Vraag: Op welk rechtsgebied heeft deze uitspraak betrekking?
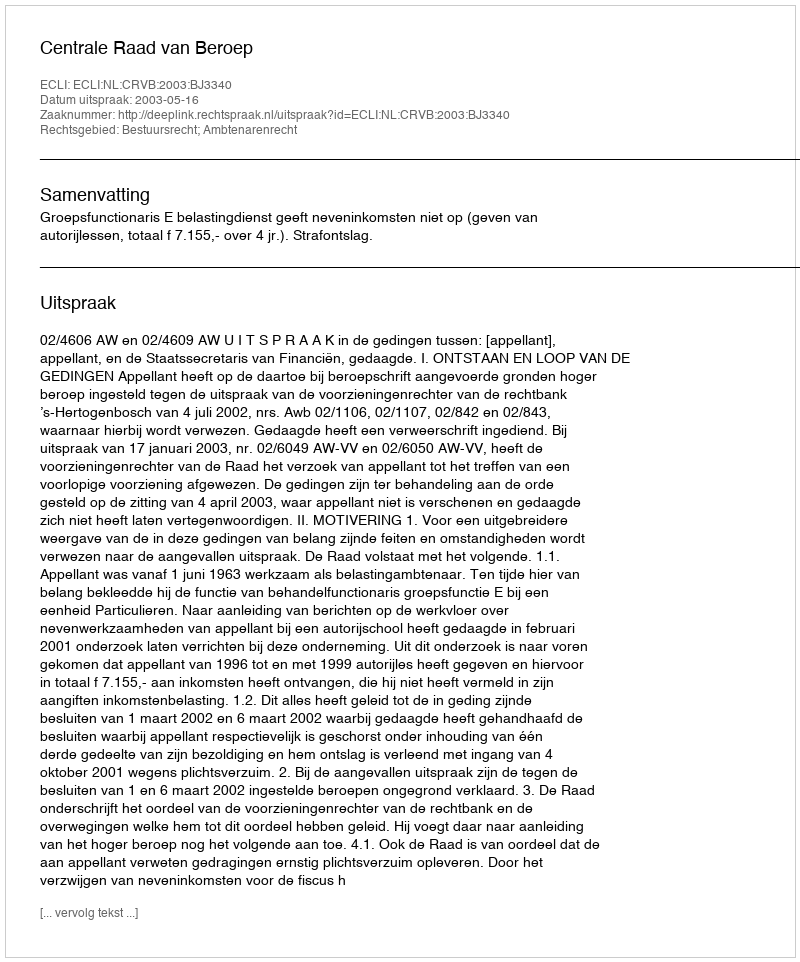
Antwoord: Bestuursrecht; Ambtenarenrecht